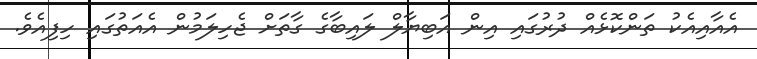
އެއާއިއެކު ތަންކޮޅެއް ދުރުގައި އިން އަބިޔާލް ލައިބާގެ ގާތަށް ޖެހިލަމުން އެއަތުގައި ހިފިއެވެ.